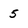
Character: 5